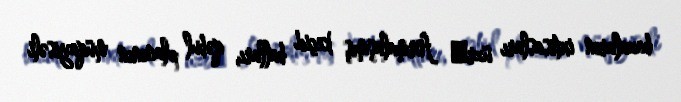
bazaların ixtisasları üzrә formalaşmış keçid balları, qəbul planının müqayisəli